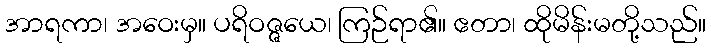
အာရကာ၊ အဝေးမှ။ ပရိဝဇ္ဇယေ၊ ကြဉ်ရာ၏။ ဧတာ၊ ထိုမိန်းမတို့သည်။